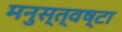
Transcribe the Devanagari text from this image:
मनुस्त्वष्टा